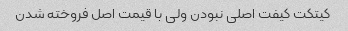
کیتکت کیفت اصلی نبودن ولی با قیمت اصل فروخته شدن